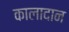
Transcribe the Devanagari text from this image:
कालादान